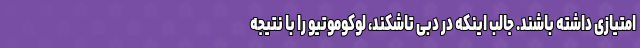
امتیازی داشته باشند. جالب اینکه در دبی تاشکند، لوکوموتیو را با نتیجه